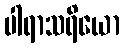
ပါရာသရိယော